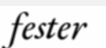
fester